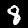
Digit: 8